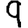
Digit: 9